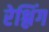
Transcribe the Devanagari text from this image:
रेश्लिंग